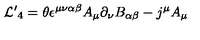
{ \cal L ^ { \prime } } _ { 4 } = \theta \epsilon ^ { \mu \nu \alpha \beta } A _ { \mu } \partial _ { \nu } B _ { \alpha \beta } - j ^ { \mu } A _ { \mu }